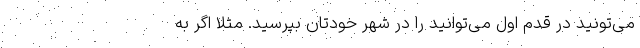
می‌تونید در قدم اول می‌توانید را در شهر خودتان بپرسید. مثلا اگر به